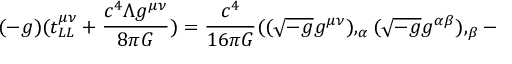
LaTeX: ( - g ) ( t _ { L L } ^ { \mu \nu } + { \frac { c ^ { 4 } \Lambda g ^ { \mu \nu } } { 8 \pi G } } ) = { \frac { c ^ { 4 } } { 1 6 \pi G } } ( ( { \sqrt { - g } } g ^ { \mu \nu } ) , _ { \alpha } ( { \sqrt { - g } } g ^ { \alpha \beta } ) , _ { \beta } -